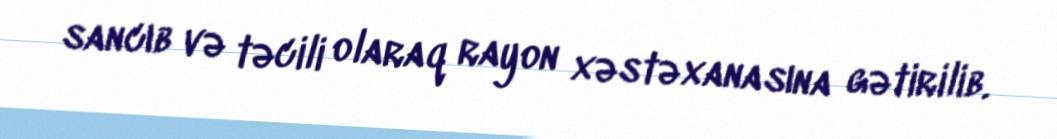
sancıb və təcili olaraq rayon xəstəxanasına gətirilib.